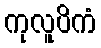
ကုလူပိကံ